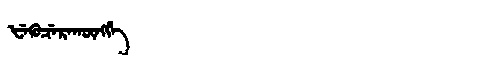
Manchu: ᡶᡝᡴᡠᠴᡝᡵᠠᡴᡡᠩᡤᡝ
Romanization: FEKUCERAKŪNGGE